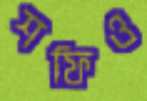
শফিও